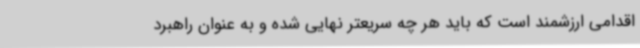
اقدامی ارزشمند است که باید هر چه سریعتر نهایی شده و به عنوان راهبرد